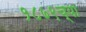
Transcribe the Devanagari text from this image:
१८७९च्या